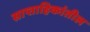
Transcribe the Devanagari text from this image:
साप्ताहिकांतील